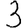
Digit: 3